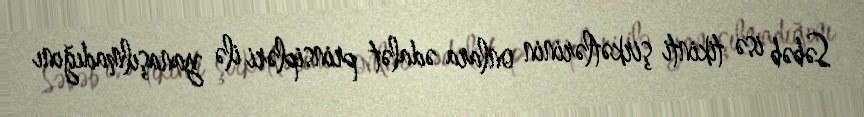
Səbəb isə tikinti şirkətlərinin onlara ədalət prinsipləri ilə yanaşılmadığını